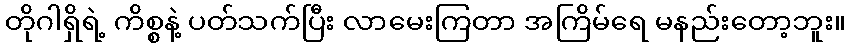
တိုဂါရှိရဲ့ ကိစ္စနဲ့ ပတ်သက်ပြီး လာမေးကြတာ အကြိမ်ရေ မနည်းတော့ဘူး။